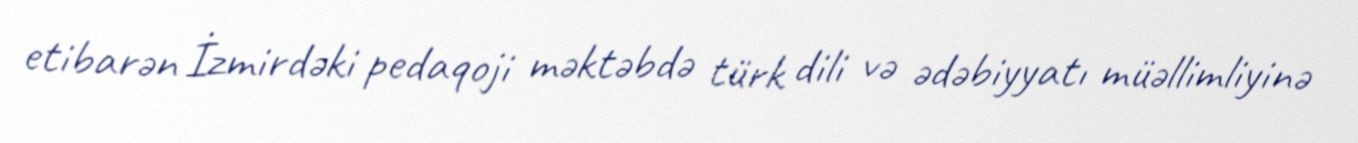
etibarən İzmirdəki pedaqoji məktəbdə türk dili və ədəbiyyatı müəllimliyinə